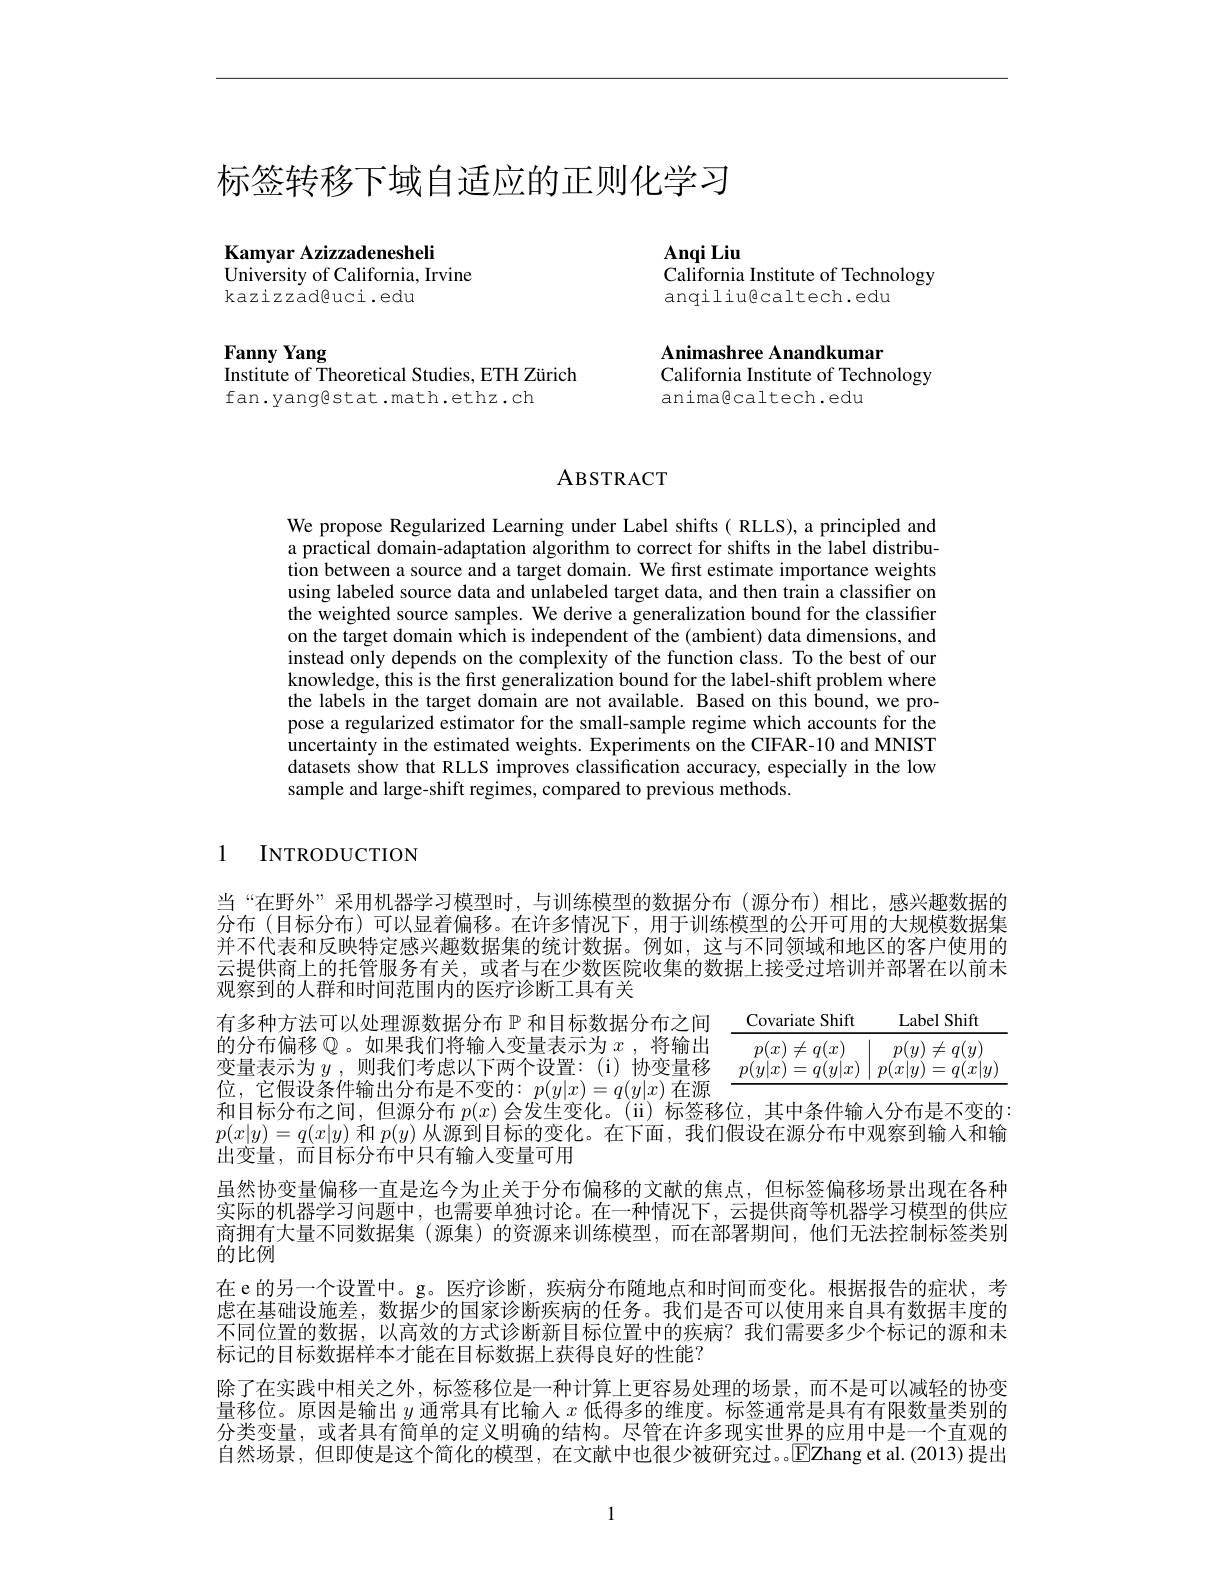
# 标签转移下域自适应的正则化学习

Kamyar Azizzadenesheli
University of California, Irvine
kazizzad@uci.edu

$\mathbf{AnqiLiu}$
California Institute of Technology
anqiliu@caltech.edu

Fanny Yang
Institute of Theoretical Studies, ETH Zürich

Animashree Anandkumar
California Institute of Technology
anima@caltech.edu

fan.yangestat.math.ethz.ch

## ABSTRACT

We propose Regularized Learning under Label shifts( RLLS), a principled and a practical domain-adaptation algorithm to correct for shifts in the label distribution between a source and a target domain. We first estimate importance weights using labeled source data and unlabeled target data, and then train a classifier on the weighted source samples. We derive a generalization bound for the classifier on the target domain which is independent of the (ambient) data dimensions, and instead only depends on the complexity of the function class. To the best of our knowledge, this is the first generalization bound for the label-shift problem where the labels in the target domain are not available. Based on this bound, we propose a regularized estimator for the small-sample regime which accounts for the uncertainty in the estimated weights. Experiments on the CIFAR-10 and MNIST datasets show that RLLS improves classification accuracy, especially in the low sample and large-shift regimes, compared to previous methods.

1 INTRODUCTION

有多种方法可以处理源数据分布$\mathbb{P}$和目标数据分布之间 Covariate Shift
<table>
	<tbody>
		<tr>
			<th>Covariate Shift</th>
			<th>Label Shift</th>
		</tr>
	</tbody>
</table>

当“在野外”采用机器学习模型时，与训练模型的数据分布(源分布)相比，感兴趣数据的分布(目标分布)可以显着偏移。在许多情况下，用于训练模型的公开可用的大规模数据集并不代表和反映特定感兴趣数据集的统计数据。例如，这与不同领域和地区的客户使用的云提供商上的托管服务有关，或者与在少数医院收集的数据上接受过培训并部署在以前未观察到的人群和时间范围内的医疗诊断工具有关
的分布偏移$\mathbb{Q}$。如果我们将输人变量表示为$x$,将输出变量表示为$y$ ,则我们考虑以下两个设置：(i)协变量移位，它假设条件输出分布是不变的$:p(y|x)=q(y|x)$ 在源和目标分布之间，但源分布$p(x)$会发生变化。(ii) 标签移位，其中条件输入分布是不变的： $p(x|y)=q(x|y)$和$p(y)$从源到目标的变化。在下面，我们假设在源分布中观察到输入和输出变量，而目标分布中只有输人变量可用
虽然协变量偏移一直是迄今为止关于分布偏移的文献的焦点，但标签偏移场景出现在各种实际的机器学习问题中，也需要单独讨论。在一种情况下，云提供商等机器学习模型的供应商拥有大量不同数据集 (源集)的资源来训练模型，而在部署期间，他们无法控制标签类别的比例
在 e的另一个设置中。g。医疗诊断，疾病分布随地点和时间而变化。根据报告的症状，考上大中则只始并 影响上的一次断定它的行工作品有可以生中心虑在基础设施差，数据少的国家诊断疾病的任务。我们是否可以使用来自具有数据丰度的不同位置的数据，以高效的方式诊断新目标位置中的疾病？我们需要多少个标记的源和未标记的目标数据样本才能在目标数据上获得良好的性能？
除了在实践中相关之外，标签移位是一种计算上更容易处理的场景，而不是可以减轻的协变量移位。原因是输出$y$通常具有比输人$x$低得多的维度。标签通常是具有有限数量类别的分类变量，或者具有简单的定义明确的结构。尽管在许多现实世界的应用中是一个直观的自然场景，但即使是这个简化的模型，在文献中也很少被研究过。。$\mathbb{E}$Zhang et al.(2013)提出

1